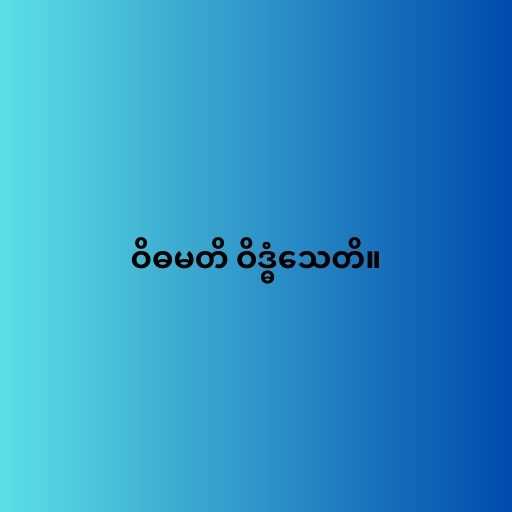
ဝိဓမတိ ဝိဒ္ဓံသေတိ။